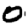
Digit: 0